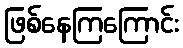
ဖြစ်နေကြကြောင်း